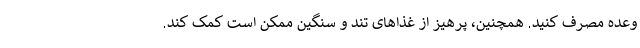
وعده مصرف کنید. همچنین، پرهیز از غذاهای تند و سنگین ممکن است کمک کند.